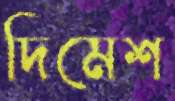
দিমেশ